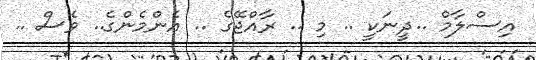
އިސްލާމް ..ދީނަކީ .. މި .. ރާއްޖޭގެ .. އެންމެންގެ.. ވެސް ..